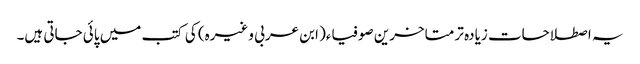
یہ اصطلاحات زیادہ تر متاخرین صوفیاء( ابن عربی وغیرہ) کی کتب میں پائی جاتی ہیں۔